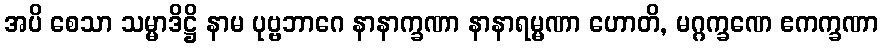
အပိ စေသာ သမ္မာဒိဋ္ဌိ နာမ ပုဗ္ဗဘာဂေ နာနာက္ခဏာ နာနာရမ္မဏာ ဟောတိ, မဂ္ဂက္ခဏေ ဧကက္ခဏာ